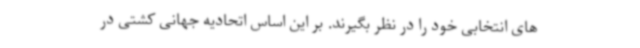
های انتخابی خود را در نظر بگیرند. بر این اساس اتحادیه جهانی کشتی در